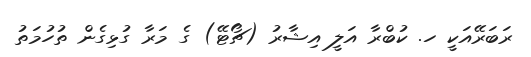
ރަބަރޭއަކީ ހ. ކުބްރާ އަލީ އިޝާރު (ޗޯޓޭ) ގެ މަރާ ގުޅިގެން ތުހުމަތު